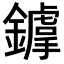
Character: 𨭴